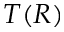
T ( R )